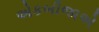
એકબીજાએ